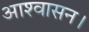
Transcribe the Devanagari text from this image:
आश्‍वासन।